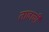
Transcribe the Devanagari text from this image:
तावाची